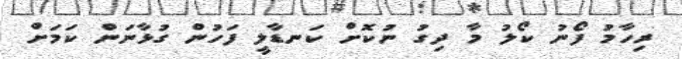
ރިހާމު ފޯނު ކޯލު މާ ދިގު ނުކޮށް ކަނޑާލީ ފަހުން ގުޅާނަން ކަމަށް